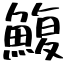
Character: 鰒